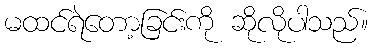
မထင်ရဲတော့ခြင်းကို ဆိုလိုပါသည်။